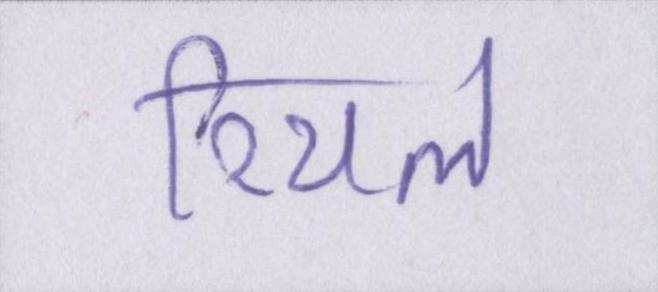
रियल